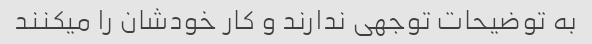
به توضیحات توجهی ندارند و کار خودشان را میکنند